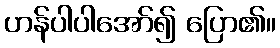
ဟန်ပါပါအော်၍ ပြော၏။